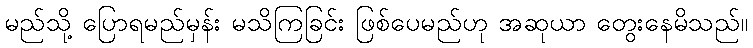
မည်သို့ ပြောရမည်မှန်း မသိကြခြင်း ဖြစ်ပေမည်ဟု အဆုယာ တွေးနေမိသည်။